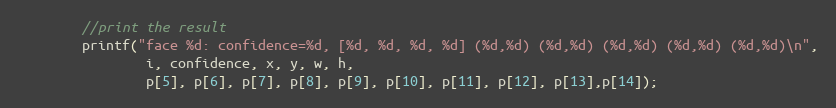
Language: C++
        //print the result
        printf("face %d: confidence=%d, [%d, %d, %d, %d] (%d,%d) (%d,%d) (%d,%d) (%d,%d) (%d,%d)\n",
                i, confidence, x, y, w, h,
                p[5], p[6], p[7], p[8], p[9], p[10], p[11], p[12], p[13],p[14]);